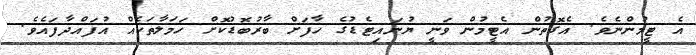
އެ ޓީމުންނެވެ. އެގޮތުން އެޓީމުން ވަނީ ޔުނައިޓެޑުގެ ހާފަށް ބާރުބޮޑުކޮށް ހަމަލާތަކެއް އުފައްދާފައެވެ.